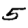
Digit: 5